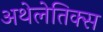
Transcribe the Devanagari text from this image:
अथेलेतिक्स